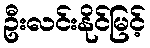
ဦးလင်းနိုင်မြင့်